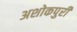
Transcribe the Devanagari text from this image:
अशोकपुरी